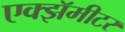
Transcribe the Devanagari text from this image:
एक्झॅमीटर